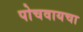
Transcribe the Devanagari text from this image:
पोचवायचा